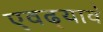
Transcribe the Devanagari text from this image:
एवढ्यावं